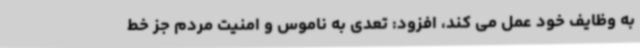
به وظایف خود عمل می کند، افزود: تعدی به ناموس و امنیت مردم جز خط